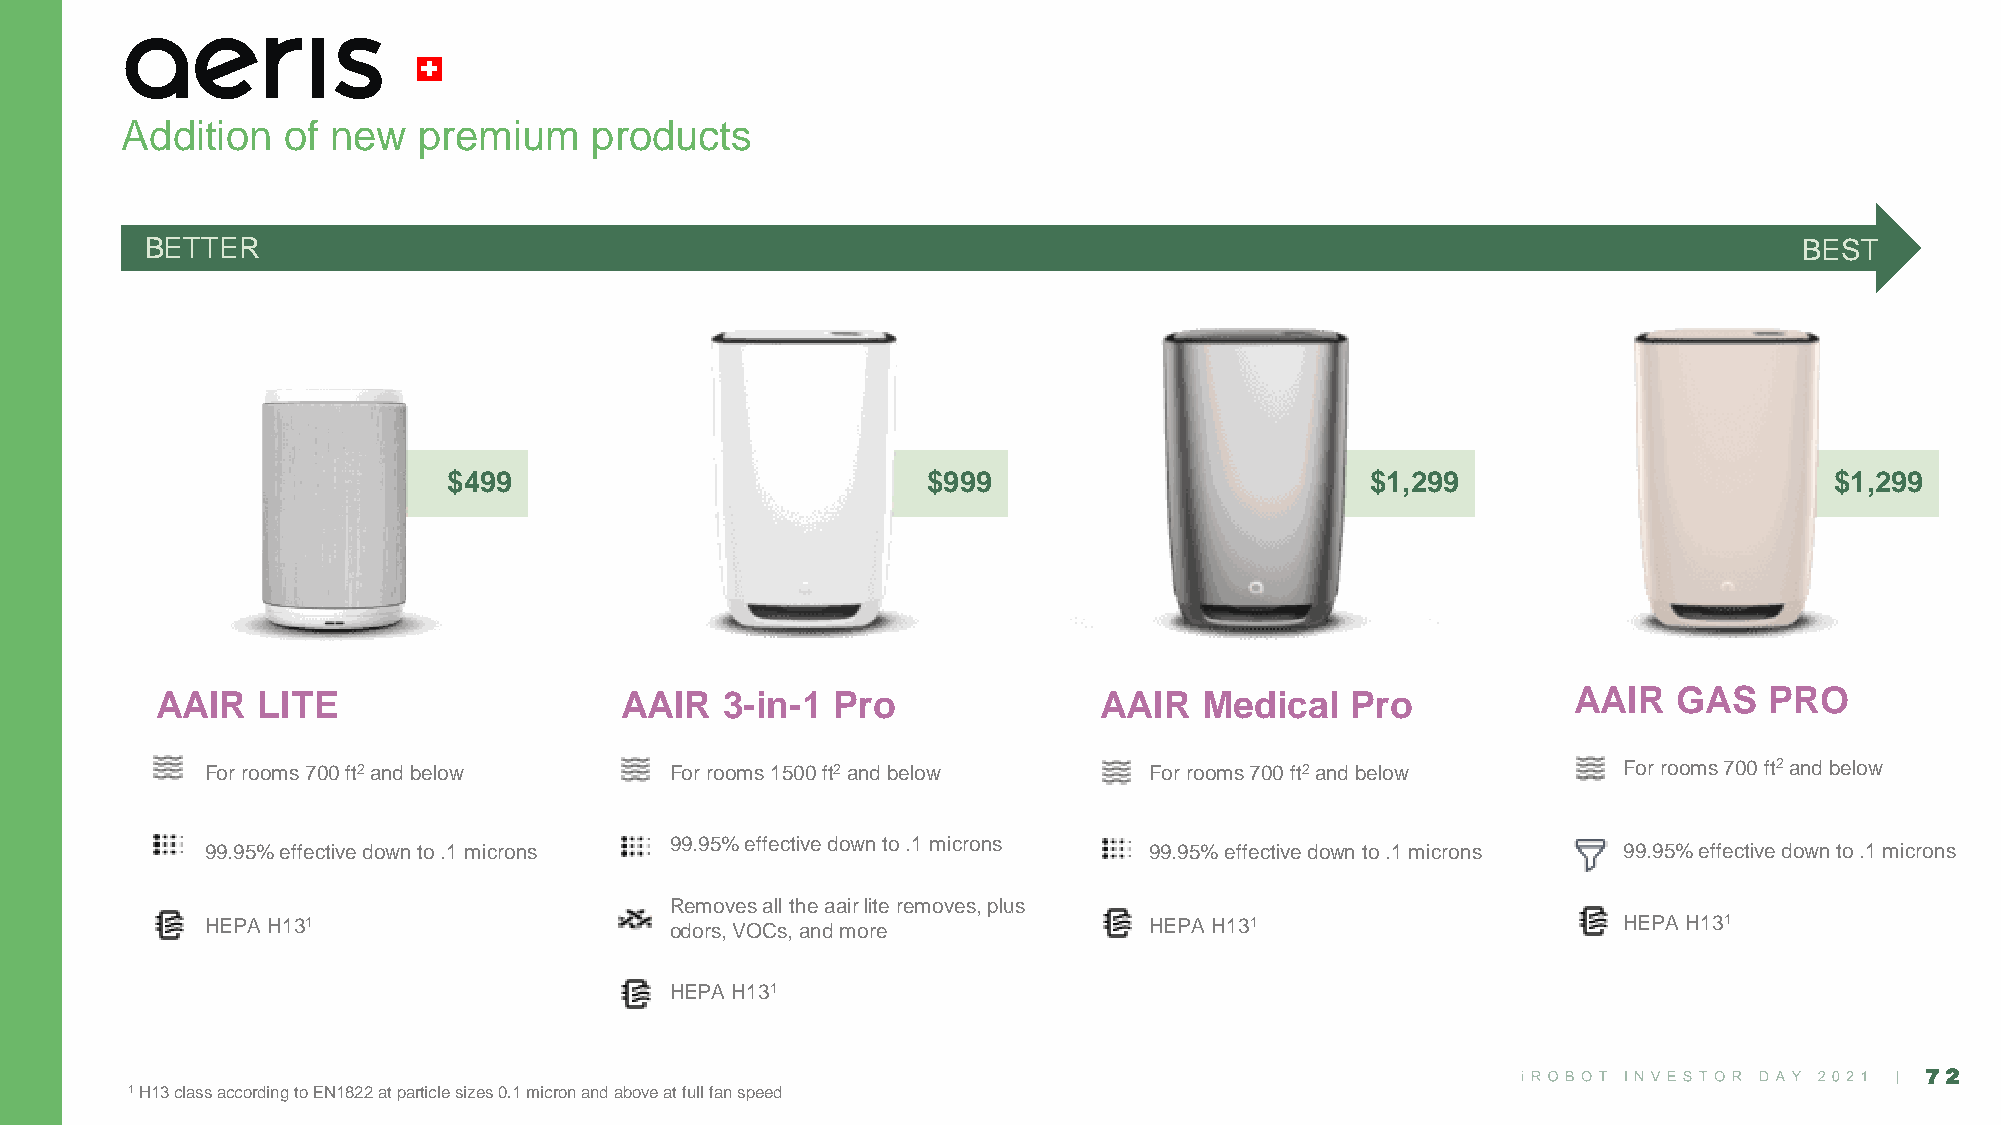
Addition   of new   premium    products
 BETTER                                                                                                       BEST
 $499                           $999                          $1,299                        $1,299
 AAIR   LITE                    AAIR   3-in-1 Pro               AAIR   Medical  Pro            AAIR   GAS   PRO
 For rooms 700 ft2and below    For rooms 1500 ft2and below     For rooms 700 ft2and below     For rooms 700 ft2and below
 99.95% effective down to .1 microns
 99.95% effective down to .1 microns                           99.95% effective down to .1 microns 99.95% effective down to .1 microns
 Removes all the aairlite removes, plus
 HEPA H131                     odors, VOCs, and more           HEPA H131                      HEPA H131
 HEPA H131
 72
 1H13 class according to EN1822 at particle sizes 0.1 micron and above at full fan speed